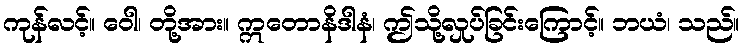
ကုန်လင့်။ ဝေါ၊ တို့အား။ ဣတောနိဒါနံ၊ ဤသို့လှုပ်ခြင်းကြောင့်။ ဘယံ၊ သည်။